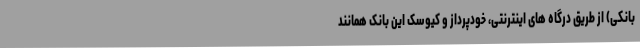
بانکی) از طریق درگاه های اینترنتی، خودپرداز و کیوسک این بانک همانند